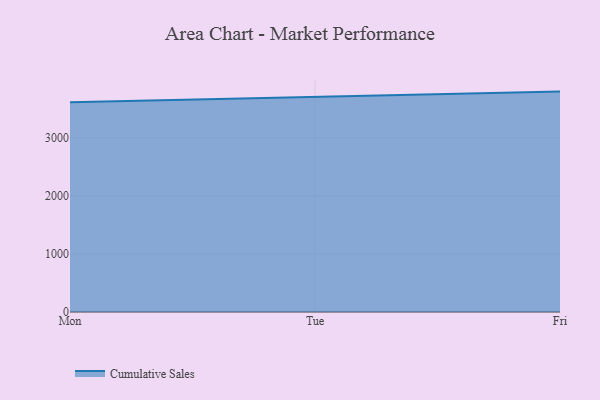
{"axis": {"x": "Day", "y": "Waste Production (Tons)"}, "legend": ["Cumulative Sales"], "data": [{"x": "Mon", "y": 3612.7, "type": "Cumulative Sales"}, {"x": "Tue", "y": 3709.1, "type": "Cumulative Sales"}, {"x": "Fri", "y": 3797.9, "type": "Cumulative Sales"}]}